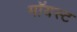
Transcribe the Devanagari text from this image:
मॉयस्ट